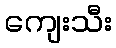
ကျေးသီး